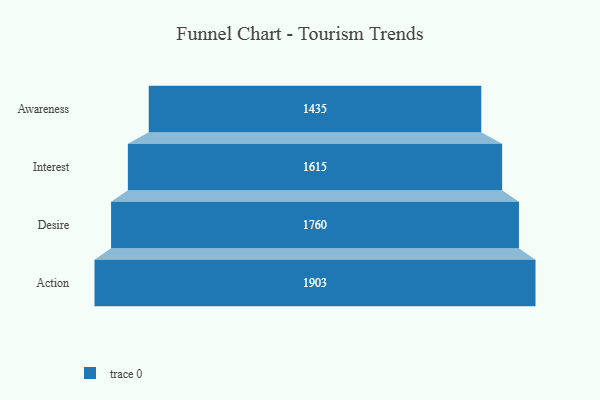
{"axis": {"x": "Stage", "y": "Value"}, "legend": [""], "data": [{"x": "Awareness", "y": 1435.0, "type": ""}, {"x": "Interest", "y": 1615.0, "type": ""}, {"x": "Desire", "y": 1760.0, "type": ""}, {"x": "Action", "y": 1903.0, "type": ""}]}